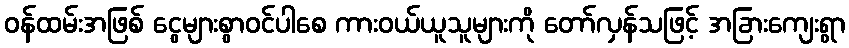
ဝန်ထမ်းအဖြစ် ငွေများစွာဝင်ပါစေ ကားဝယ်ယူသူများကို တော်လှန်သဖြင့် အခြားကျေးရွာ